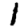
Digit: 1